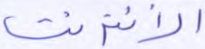
الانترنت